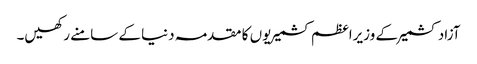
آزاد کشمیر کے وزیراعظم کشمیریوں کا مقدمہ دنیا کے سامنے رکھیں۔